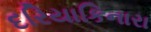
દરિયાકિનારા